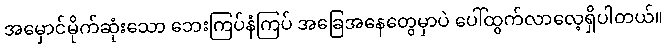
အမှောင်မိုက်ဆုံးသော ဘေးကြပ်နံကြပ် အခြေအနေတွေမှာပဲ ပေါ်ထွက်လာလေ့ရှိပါတယ်။